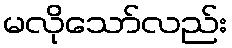
မလိုသော်လည်း